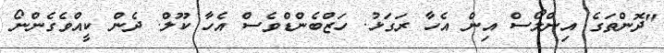
"ދޮންތަގެ އިންލޯސް އިން އެހާ ރަގަޅު. ހަޒްބެންޑްވެސް އެހާ ކޫލް. ދެން ކީއްވެގެންނޯ